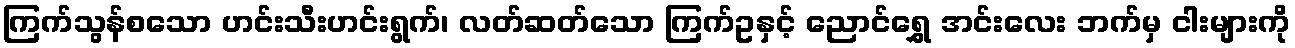
ကြက်သွန်စသော ဟင်းသီးဟင်းရွက်၊ လတ်ဆတ်သော ကြက်ဥနှင့် ညောင်ရွှေ အင်းလေး ဘက်မှ ငါးများကို